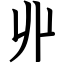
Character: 丱